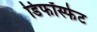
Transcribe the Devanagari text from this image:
डिफॉस्फेट